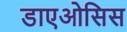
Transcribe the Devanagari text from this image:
डाएओसिस